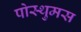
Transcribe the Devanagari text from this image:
पोस्थुमस